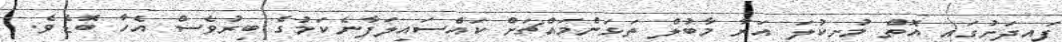
ފައިދަށުގައި އޮތް މުށިކުލަ އަރާ މާބުލް ތަޅަންމައްޗަށް ކައްސައިލަފާނެކަމުގެ ބިރުވެސް އެހާ ބޮޑެވެ.